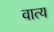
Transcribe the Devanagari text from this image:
वात्य